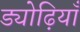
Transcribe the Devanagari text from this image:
ड्योढ़ियाँ